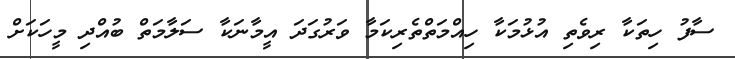
ސާފު ހިތަކާ ރިވެތި އުޅުމަކާ ހިއްމަތްތެރިކަމާ ވަރުގަދަ އީމާނަކާ ސަލާމަތް ބުއްދި މީހަކަށް